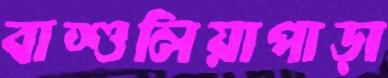
বাশুলিয়াপাড়া